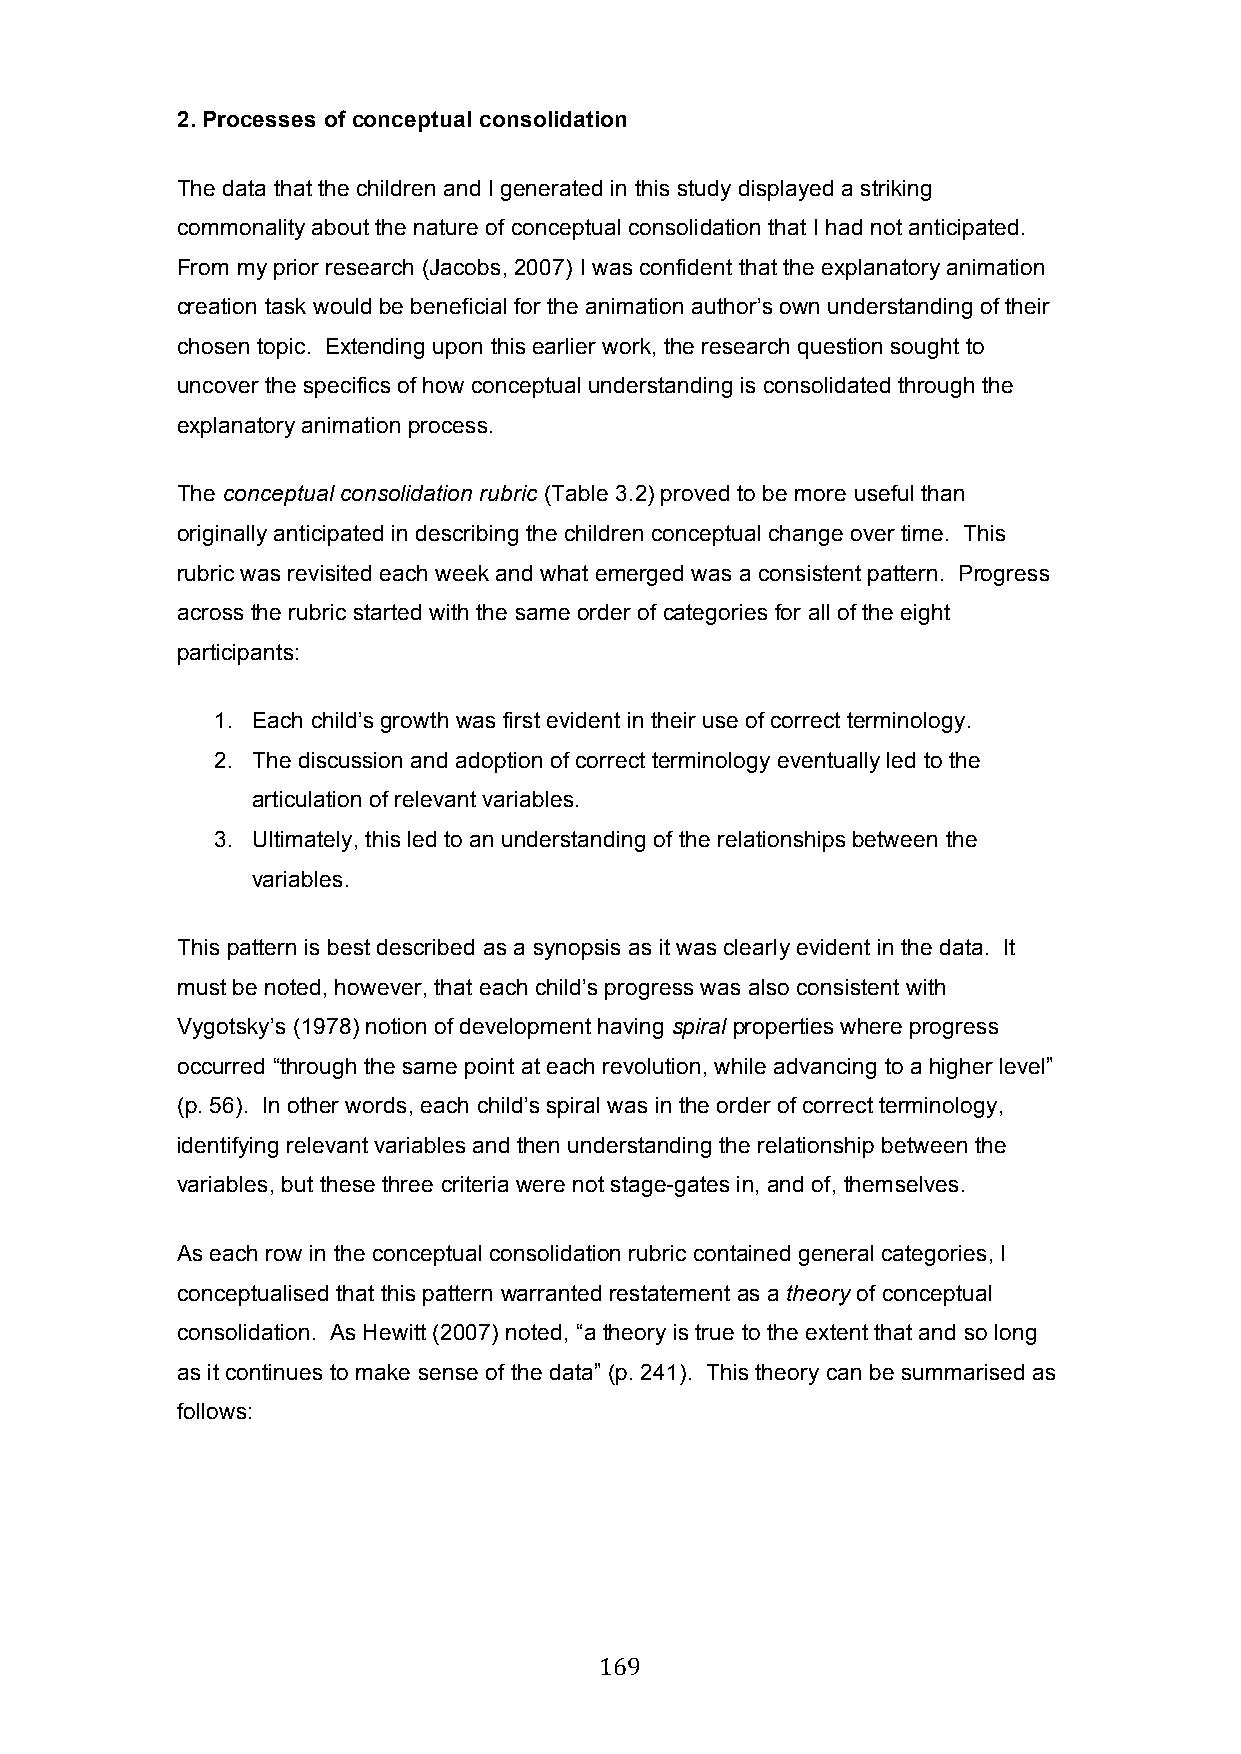
2. Processes of conceptual consolidation
 The data that the children and I generated in this study displayed a striking
 commonality about the nature of conceptual consolidation that I had not anticipated.
 From my prior research (Jacobs, 2007) I was confident that the explanatory animation
 creation task would be beneficial for the animation author’s own understanding of their
 chosen topic. Extending upon this earlier work, the research question sought to
 uncover the specifics of how conceptual understanding is consolidated through the
 explanatory animation process.
 The conceptual consolidation rubric (Table 3.2) proved to be more useful than
 originally anticipated in describing the children conceptual change over time. This
 rubric was revisited each week and what emerged was a consistent pattern. Progress
 across the rubric started with the same order of categories for all of the eight
 participants:
 1. Each child’s growth was first evident in their use of correct terminology.
 2. The discussion and adoption of correct terminology eventually led to the
 articulation of relevant variables.
 3. Ultimately, this led to an understanding of the relationships between the
 variables.
 This pattern is best described as a synopsis as it was clearly evident in the data. It
 must be noted, however, that each child’s progress was also consistent with
 Vygotsky’s (1978) notion of development having spiral properties where progress
 occurred “through the same point at each revolution, while advancing to a higher level”
 (p. 56). In other words, each child’s spiral was in the order of correct terminology,
 identifying relevant variables and then understanding the relationship between the
 variables, but these three criteria were not stage-gates in, and of, themselves.
 As each row in the conceptual consolidation rubric contained general categories, I
 conceptualised that this pattern warranted restatement as a theory of conceptual
 consolidation. As Hewitt (2007) noted, “a theory is true to the extent that and so long
 as it continues to make sense of the data” (p. 241). This theory can be summarised as
 follows:
 169